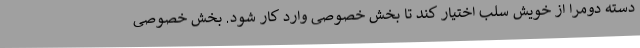
دسته دومرا از خویش سلب اختیار کند تا بخش خصوصی وارد کار شود. بخش خصوصی